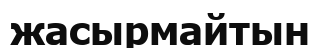
жасырмайтын